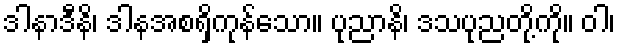
ဒါနာဒီနိ၊ ဒါနအစရှိကုန်သော။ ပုညာနိ၊ ဒသပုညတို့ကို။ ဝါ၊